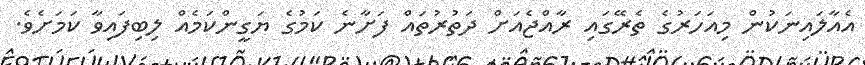
އެއާލައިނަކުން މިއަހަރުގެ ތެރޭގައި ރާއްޖެއަށް ދަތުރުތައް ފަށާނެ ކަމުގެ ޔަގީންކަމެއް ލިބިފައިވާ ކަމަށެވެ.